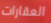
العقارات